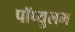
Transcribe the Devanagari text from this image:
पॉप्युलम